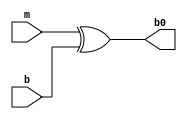
module inverter (b, m, b0);
    input [7:0] b;
    input m;
    output [7:0] b0;

    assign b0 = m ^ b;
endmodule